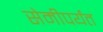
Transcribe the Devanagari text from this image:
सेमीपर्यंत